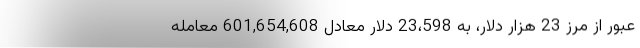
عبور از مرز 23 هزار دلار، به 23،598 دلار معادل 601,654,608 معامله